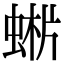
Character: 𧌨